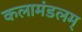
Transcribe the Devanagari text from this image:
कलामंडलम्‌